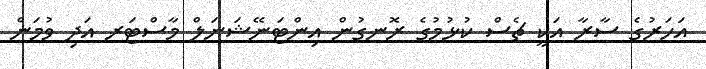
އަހަރުގެ ސާރާ އަކީ ޗެސް ކުޅުމުގެ ރޮނގުން އިންޓަނޭޝަނަލް މާސްޓަރ އަދި ވުމަން